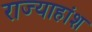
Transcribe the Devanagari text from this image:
राज्याहांश